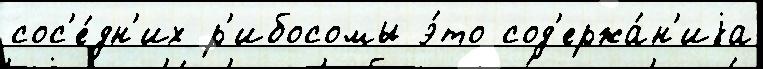
сос'е́дн'их р'ибосомы э́то сод'ержа́н'иjа